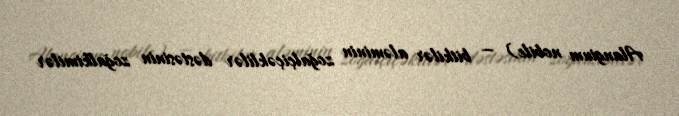
Alangium nobile) — bitkilər aləminin zoğalçiçəklilər dəstəsinin zoğalkimilər